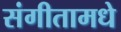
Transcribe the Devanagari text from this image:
संगीतामधे